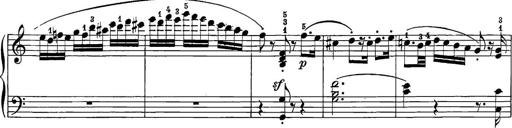
Title: 12 Sonatine per Pianoforte
Composer: Friedrich Kuhlau